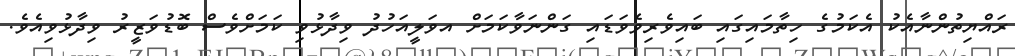
ރައްޔިތުންނާއެކު އެކަމުގެ ހިތާމައިގައި ބައިވެރިވެވަޑައި ގަންނަވާކަމަށް އވަލީއަހުދު ވިދާޅުވި ކަމަށްވެސް ބޮޑުވަޒީރު ވިދާޅުވިއެވެ.